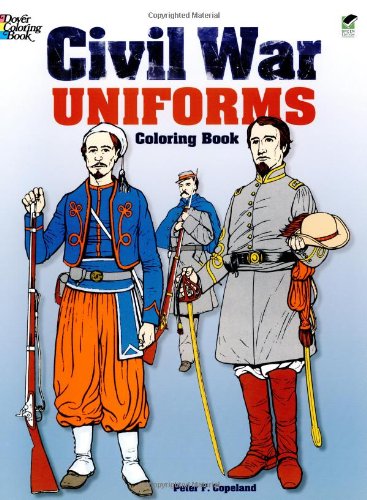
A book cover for Civil War Uniforms Coloring Book (Dover Fashion Coloring Book); Peter F. Copeland; Crafts, Hobbies & Home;